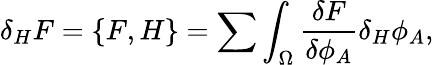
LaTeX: \delta_{H}F=\{ F,H\} =\sum\int_{\Omega}{\frac{\delta F}{\delta\phi_{A}}}\delta_{H}\phi_{A},